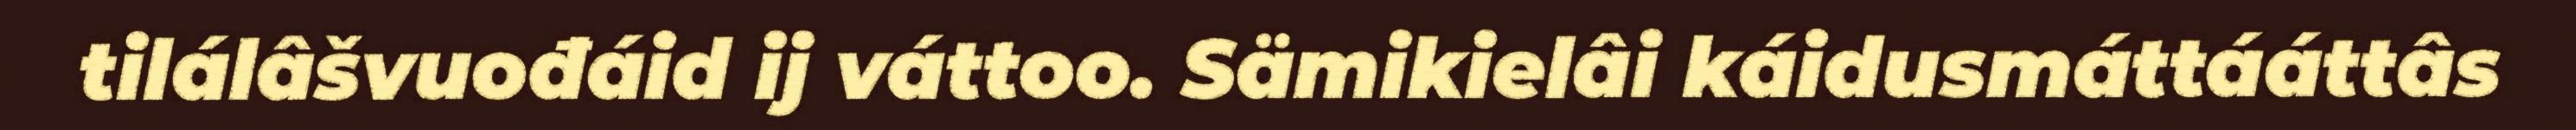
tilálâšvuođáid ij váttoo. Sämikielâi káidusmáttááttâs